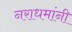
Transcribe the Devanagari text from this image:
नराधमांनी